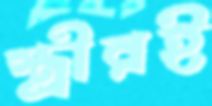
স্ত্রীরই